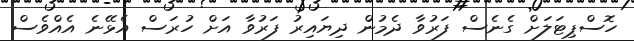
ހޮސްޕިޓަލަށް ގެނެސް ފަރުވާ ދެމުން ދިޔައިރު ފަރުވާ އަށް ހުރަސް އެޅޭނެ އެއްވެސް